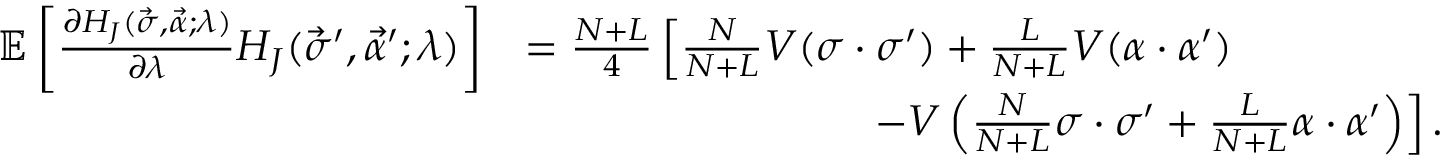
\begin{array} { r l } { \mathbb { E } \left[ \frac { \partial H _ { J } ( \vec { \sigma } , \vec { \alpha } ; \lambda ) } { \partial \lambda } H _ { J } ( \vec { \sigma } ^ { \prime } , \vec { \alpha } ^ { \prime } ; \lambda ) \right] } & { = \frac { N + L } { 4 } \left[ \frac { N } { N + L } V ( \sigma \cdot \sigma ^ { \prime } ) + \frac { L } { N + L } V ( \alpha \cdot \alpha ^ { \prime } ) \right. } \\ & { \qquad \qquad \qquad \qquad \left. - V \left( \frac { N } { N + L } \sigma \cdot \sigma ^ { \prime } + \frac { L } { N + L } \alpha \cdot \alpha ^ { \prime } \right) \right] . } \end{array}